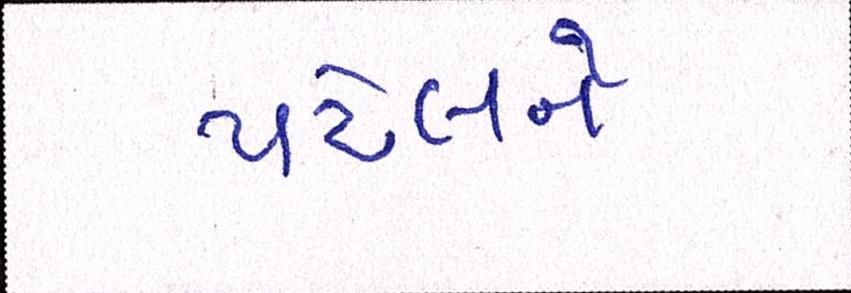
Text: પટેલને